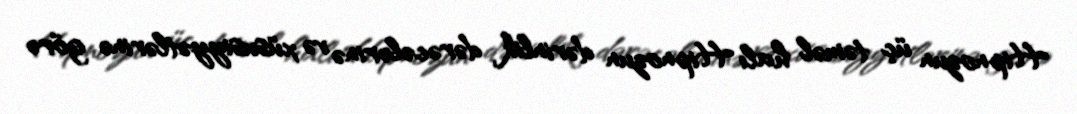
Hipnozun üç təməl halı Hipnozun dərinlik dərəcələrinə və xüsusiyyətlərinə görə